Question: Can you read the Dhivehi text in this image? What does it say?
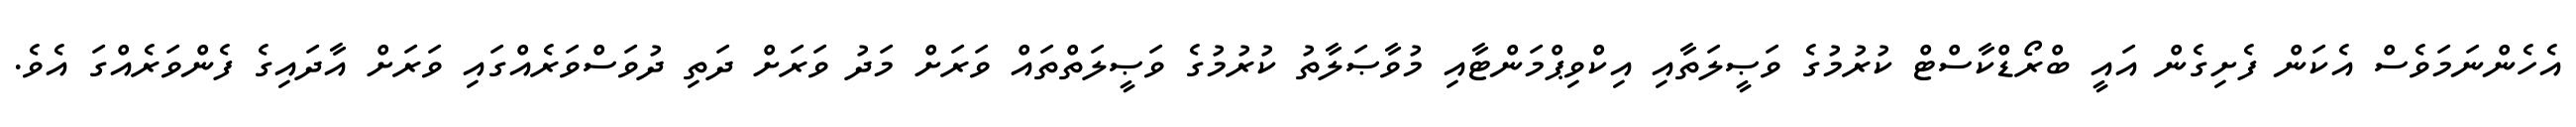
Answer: އެހެންނަމަވެސް އެކަން ފެށިގެން އައީ ބްރޯޑްކާސްޓް ކުރުމުގެ ވަޞީލަތާއި އިކްވިޕްމަންޓާއި މުވާޞަލާތު ކުރުމުގެ ވަޞީލަތްތައް ވަރަށް މަދު ވަރަށް ދަތި ދުވަސްވަރެއްގައި ވަރަށް އާދައިގެ ފެންވަރެއްގަ އެވެ.